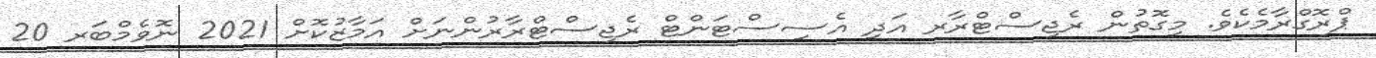
ޕްރޮގްރާމެކެވެ. މިގޮތުން ރެޖިސްޓްރާރ އަދި އެސިސްޓަންޓް ރެޖިސްޓްރާރުންނަށް އަމާޒުކޮށް 2021 ނޮވެމްބަރ 20